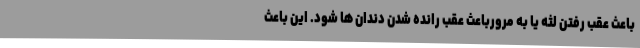
باعث عقب رفتن لثه یا به مرورباعث عقب رانده شدن دندان ها شود. این باعث